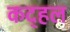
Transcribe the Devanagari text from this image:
कद्हल